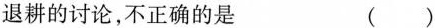
退耕的讨论，不正确的是 ()